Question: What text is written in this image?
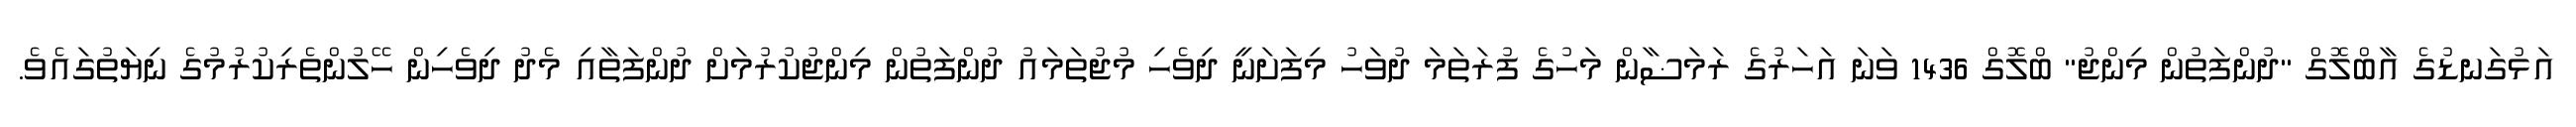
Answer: އަޅުގަނޑުގެ އާބްލޮގް "ދުންފަތުން މިންޖު" ބްލޮގް 1436 ވަނަ އަހަރުގެ ރަމަޟާން މަހުގެ ފުރަތަމަ ދުވަހު މިފަށަނީ ދިވެހި މުޖުތަމައު ދުންފަތުން މިންޖުކުރުމަށް ދުންފަތާއި މެދު ދިވެހިން ހޭލުންތެރިކުރުމުގެ ނިޔަތުގައެވެ.